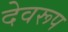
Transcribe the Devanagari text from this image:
देवरूप